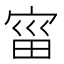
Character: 𫳗